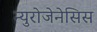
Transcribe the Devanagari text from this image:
न्युरोजेनेसिस